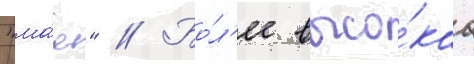
"ма́я" // Бо́л'ее высо́каа